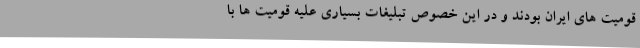
قومیت های ایران بودند و در این خصوص تبلیغات بسیاری علیه قومیت ها با